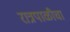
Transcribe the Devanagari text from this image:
रात्रपाळीचा